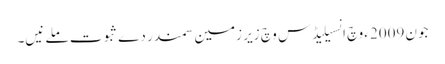
جون 2009ء وچ انسیلیڈس وچ زیر زمین سمندر دے ثبوت ملے نیں۔